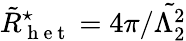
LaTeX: \tilde{R}_{\mathrm{~h~e~t~}}^{\star}=4\pi/\tilde{\Lambda_{2}^{2}}